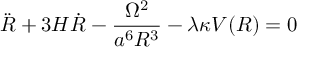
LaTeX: \ddot { R } + 3 H \dot { R } - \frac { \Omega ^ { 2 } } { a ^ { 6 } R ^ { 3 } } - \lambda \kappa V ( R ) = 0